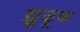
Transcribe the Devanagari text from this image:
झुळूक